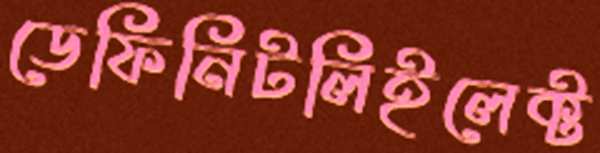
ডেফিনিটলিইলেক্ট